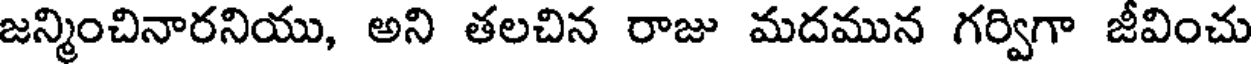
జన్మించినారనియు, అని తలచిన రాజు మదమున గర్విగా జీవించు